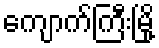
ကျောက်ကြီးမြို့